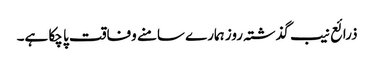
ذرائع نیب گذشتہ روز ہمارے سامنے وفاقت پا چکا ہے۔